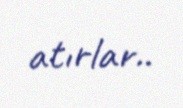
atırlar..